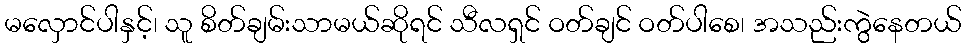
မလှောင်ပါနှင့်၊ သူ စိတ်ချမ်းသာမယ်ဆိုရင် သီလရှင် ဝတ်ချင် ဝတ်ပါစေ၊ အသည်းကွဲနေတယ်